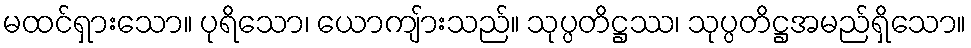
မထင်ရှားသော။ ပုရိသော၊ ယောကျ်ားသည်။ သုပ္ပတိဋ္ဌဿ၊ သုပ္ပတိဋ္ဌအမည်ရှိသော။